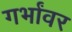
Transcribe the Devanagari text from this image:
गर्भांवर